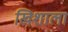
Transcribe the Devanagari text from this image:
खिशाला